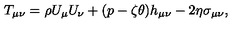
T _ { \mu \nu } = \rho U _ { \mu } U _ { \nu } + ( p - \zeta \theta ) h _ { \mu \nu } - 2 \eta \sigma _ { \mu \nu } ,